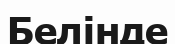
Белінде